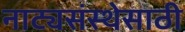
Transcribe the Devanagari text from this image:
नाट्यसंस्थेसाठी